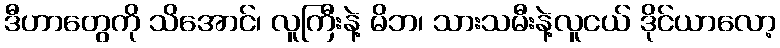
ဒီဟာတွေကို သိအောင်၊ လူကြီးနဲ့ မိဘ၊ သားသမီးနဲ့လူငယ် ဒိုင်ယာလော့